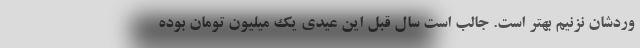
وردشان نزنیم بهتر است. جالب است سال قبل این عیدی یک میلیون تومان بوده